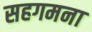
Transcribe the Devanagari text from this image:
सहगमना